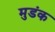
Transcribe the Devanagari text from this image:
मुडंक